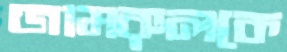
জামরুলকে